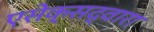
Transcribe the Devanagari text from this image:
एसेक्सद्वारा